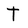
Character: T